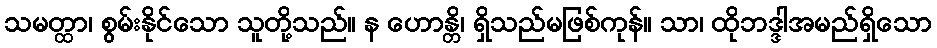
သမတ္ထာ၊ စွမ်းနိုင်သော သူတို့သည်။ န ဟောန္တိ၊ ရှိသည်မဖြစ်ကုန်။ သာ၊ ထိုဘဒ္ဒါအမည်ရှိသော